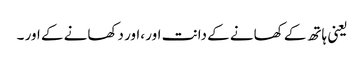
یعنی ہاتھ کے کھانے کے دانت اور ،اور دکھانے کے اور ۔